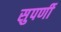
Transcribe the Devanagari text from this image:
सुपर्णी